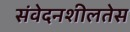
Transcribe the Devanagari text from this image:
संवेदनशीलतेस